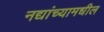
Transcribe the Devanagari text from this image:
नद्यांच्यामधील